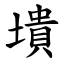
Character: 墤